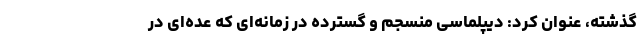
گذشته، عنوان کرد: دیپلماسی منسجم و گسترده در زمانه‌ای که عده‌ای در